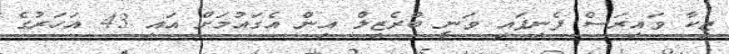
ޒިކާ ވައިރަސް ފެނިފައި ވަނީ ބްރެޒިލް އިން އެގައުމަށް އައި 43 އަހަރުގެ